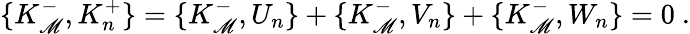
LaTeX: \{ K_{\mathscr{M}}^{-},K_{n}^{+}\} =\{ K_{\mathscr{M}}^{-},U_{n}\} +\{ K_{\mathscr{M}}^{-},V_{n}\} +\{ K_{\mathscr{M}}^{-},W_{n}\} =0\ .